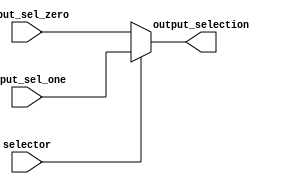
// Mux 32. MIPS CPU
// Nicolas Rodriguez
// Nov 13, 2020

module mux32 (input_sel_zero,
              input_sel_one,
              selector,
              output_selection
              );

// i/o
input selector;

input wire [31:0] input_sel_zero;
input wire [31:0] input_sel_one;

output reg [31:0] output_selection;

// logic
always @ ( * ) begin
    if (selector) begin
        output_selection <= input_sel_one;
    end // if selector
    else begin
        output_selection <= input_sel_zero;
    end // else selector
end
endmodule // mux32